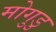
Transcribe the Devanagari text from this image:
मोगुडु